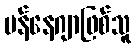
မန်နေဂျာဖြစ်သူ